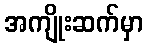
အကျိုးဆက်မှာ